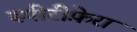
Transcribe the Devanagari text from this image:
स्पीरीफ़ेरा